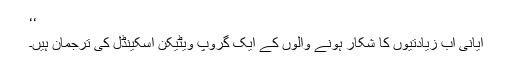
‘‘
ایانی اب زیادتیوں کا شکار ہونے والوں کے ایک گروپ ویٹیکن اسکینڈل کی ترجمان ہیں۔